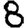
Digit: 8